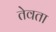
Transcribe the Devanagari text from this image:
तेवता